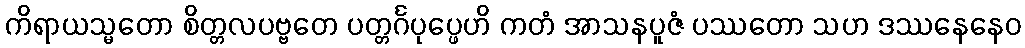
ကိရာယသ္မတော စိတ္တလပဗ္ဗတေ ပတ္တင်္ဂပုပ္ဖေဟိ ကတံ အာသနပူဇံ ပဿတော သဟ ဒဿနေနေဝ